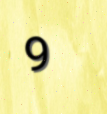
9